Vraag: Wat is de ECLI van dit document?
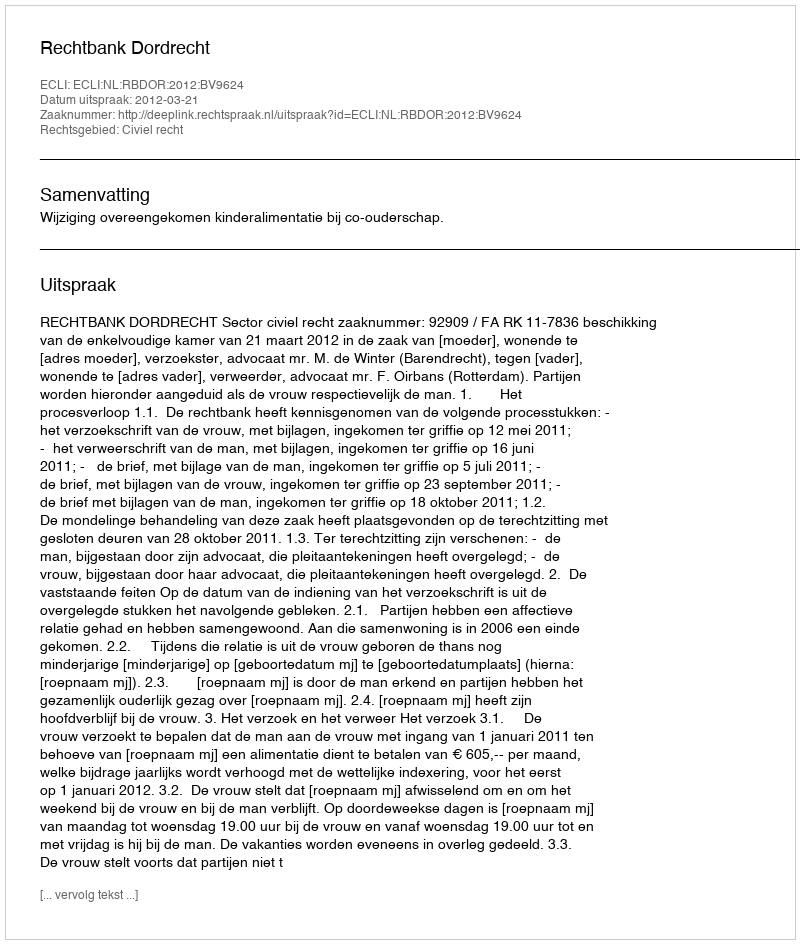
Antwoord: ECLI:NL:RBDOR:2012:BV9624